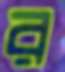
র